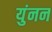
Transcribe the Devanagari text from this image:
युंनन